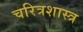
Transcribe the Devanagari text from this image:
चरित्रशास्त्र